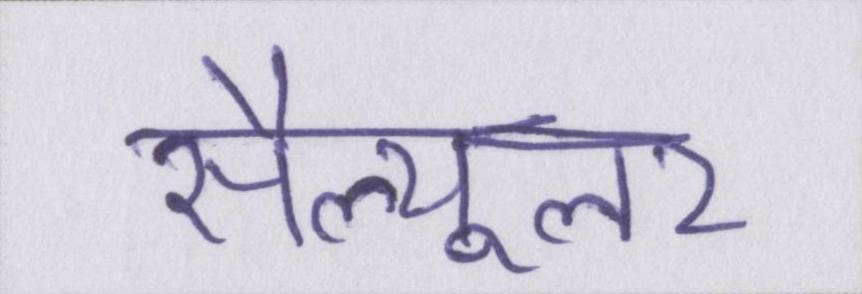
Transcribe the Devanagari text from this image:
सैल्यूलर